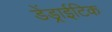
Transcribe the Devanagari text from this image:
डेंड्राईटिक